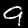
Digit: 9